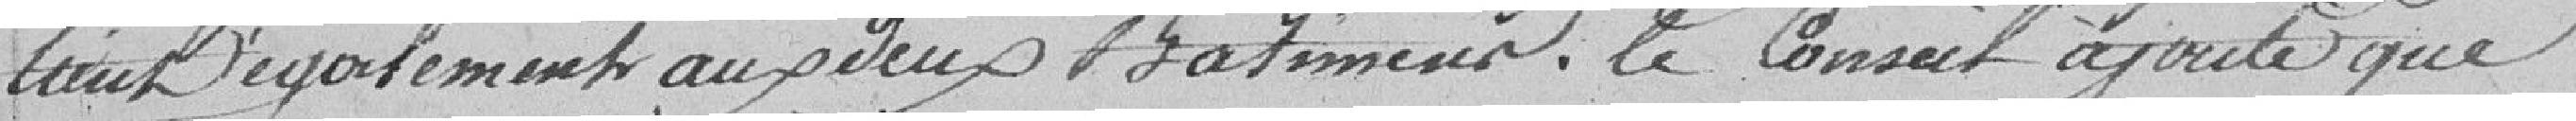
tient également au vieux Bâtiment. Le Conseil ajoute que